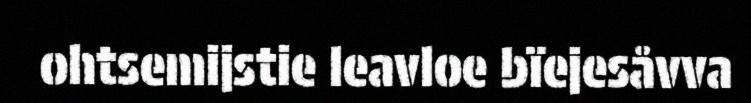
ohtsemijstie leavloe bïejesåvva